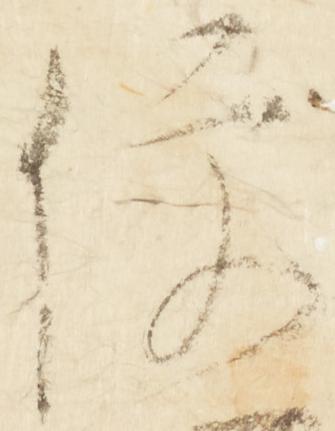
便